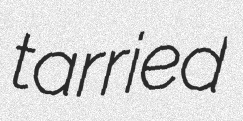
tarried